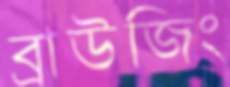
ব্রাউজিং